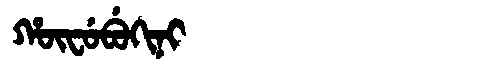
Manchu: ᡥᡡᠸᡠᠪᡠᡴᡳᠨᡳ
Romanization: HŪFUBUKINI